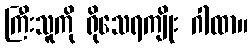
ကြီးသူကို ရိုသေရကျိုး ဂါထာ။